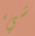
شيء